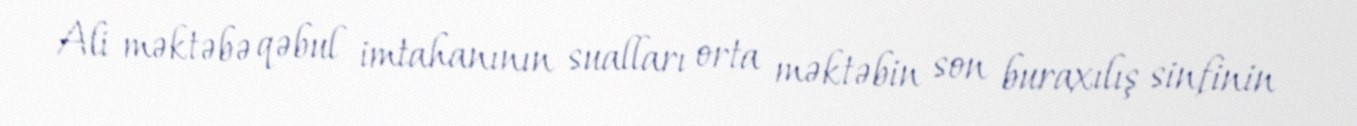
Ali məktəbə qəbul imtahanının sualları orta məktəbin son buraxılış sinfinin